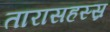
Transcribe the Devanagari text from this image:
तारासहस्स्र